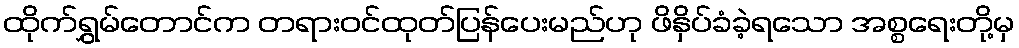
ထိုက်ရွှမ်တောင်က တရားဝင်ထုတ်ပြန်ပေးမည်ဟု ဖိနှိပ်ခံခဲ့ရသော အစ္စရေးတို့မှ